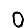
Digit: 0